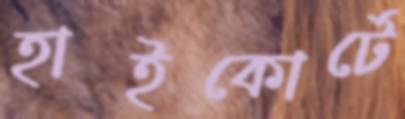
হাইকোর্টে